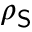
\rho _ { \mathsf { S } }